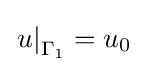
\left.u\right|_{\Gamma _{1}}=u_{0}